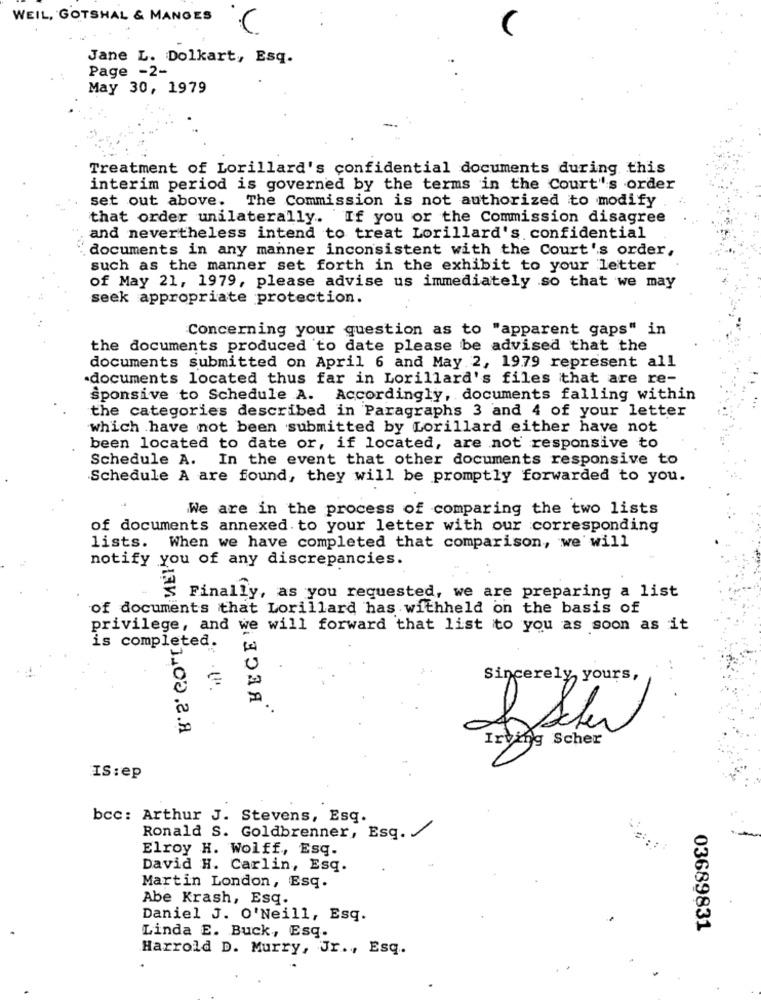
WEIL, GOTSHAL & MANGES
Jane L. Dolkart, Esq.
Page -2-
May 30, 1979
Treatment of Lorillard's confidential documents during this
interim period is governed by the terms in the Court"'s order
set out above. The Commission is not authorized to modify
that order unilaterally. If you or the Commission disagree
and nevertheless intend to treat Lorillard's confidential
documents in any manner inconsistent with the Court's order,
such as the manner set forth in the exhibit to your letter
of May 21, 1979, please advise us immediately so that we may
seek appropriate protection.
Concerning your question as to "apparent gaps" in
the documents produced to date please be advised that the
documents submitted on April 6 and May 2, 19.79 represent all
documents located thus far in Lorillard's files that are re-
sponsive to Schedule A. Accordingly, documents falling within
the categories described in Paragraphs 3 and 4 of your letter
which have not been submitted by Lorillard either have not
been located to date or, if located, are not responsive to
Schedule A. In the event that other documents responsive to
Schedule A are found, they will be promptly forwarded to you.
We are in the process of comparing the two lists
of documents annexed to your letter with our corresponding
lists. When we have completed that comparison, we will
notify you of any discrepancies.
Finally, as you requested, we are preparing a list
of documents that Lorillard has withheld on the basis of
privilege, and we will forward that list to you as soon as it
is completed.
Sincerely yours,
У ЛЭЛЯ
Ф1.03.2.Я
Irving Scher
IS:ep
bcc: Arthur J. Stevens, Esq.
Ronald S. Goldbrenner, Esq.
Elroy H. Wolff, Esq.
David H. Carlin, Esq.
Martin London, Esq.
Abe Krash, Esq.
Daniel J. O'Neill, Esq.
Linda E. Buck, Esq.
03689831
Harrold D. Murry, Jr ., Esq.